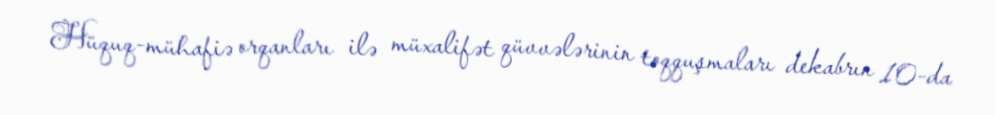
Hüquq-mühafiə orqanları ilə müxalifət qüvvələrinin toqquşmaları dekabrın 10-da